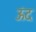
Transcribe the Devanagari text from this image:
ऊंद